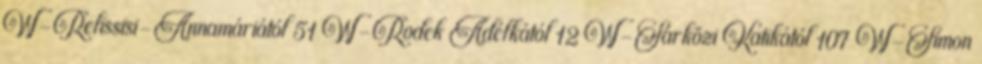
W-Relissisi-Annamáriától 51 W-Rodek Adélkától 12 W-Sárközi Katikától 107 W-Simon